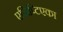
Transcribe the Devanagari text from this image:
एजिप्टिएका